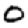
Digit: 0